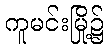
ကူမင်းမြို့၌